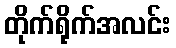
တိုက်ရိုက်အလင်း